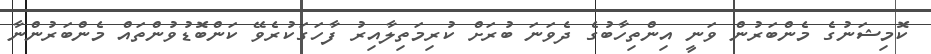
ކޮމިޝަނުގެ މެންބަރުން ވަނީ އިންތިހާބުގެ ދެވަނަ ބުރަށް ކުރިމަތިލާއިރު ފާހަގަކުރެވޭ ކަންބޮޑުވުންތައް މެންބަރުންނާ